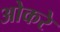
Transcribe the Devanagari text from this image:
ओकरे